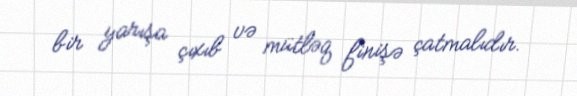
bir yarışa çıxıb və mütləq finişə çatmalıdır.